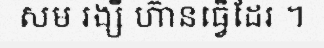
សម រង្សី ហ៊ានធ្វើដែរ ។